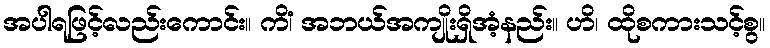
အပါရဖြင့်လည်းကောင်း။ ကိံ၊ အဘယ်အကျိုးရှိအံ့နည်း။ ဟိ၊ ထိုစကားသင့်စွ။